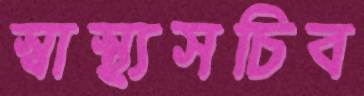
স্বাস্থ্যসচিব